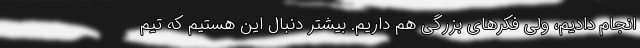
انجام دادیم، ولی فکرهای بزرگی هم داریم. بیشتر دنبال این هستیم که تیم